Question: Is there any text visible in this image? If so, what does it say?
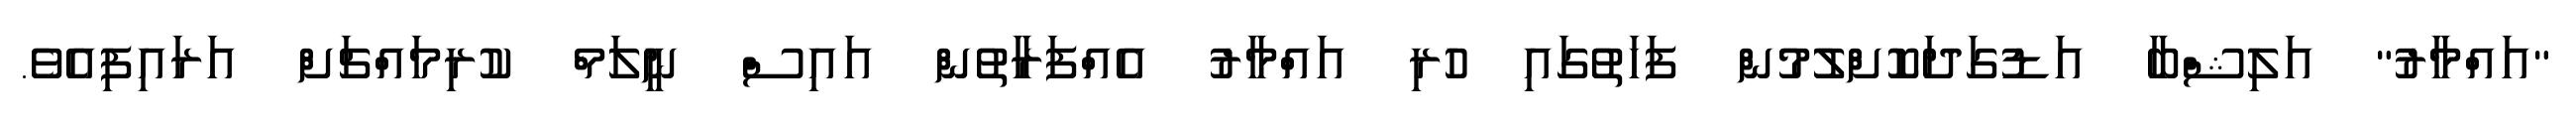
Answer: "އައްމާރު" އަލިޝްބާ އަޑުގަދަކޮށްލުމުން ފަހަތުގައި ހުރި އައްމާރު އެއްފަރާތުން އައިސް ނީލަމް ކުރިމައްޗަށް އަރައިފިއެވެ.